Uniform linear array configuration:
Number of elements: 16
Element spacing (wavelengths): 0.25
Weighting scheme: binomial
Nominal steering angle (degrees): -45
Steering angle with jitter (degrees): -43.447
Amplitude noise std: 0.05
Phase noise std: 0.05

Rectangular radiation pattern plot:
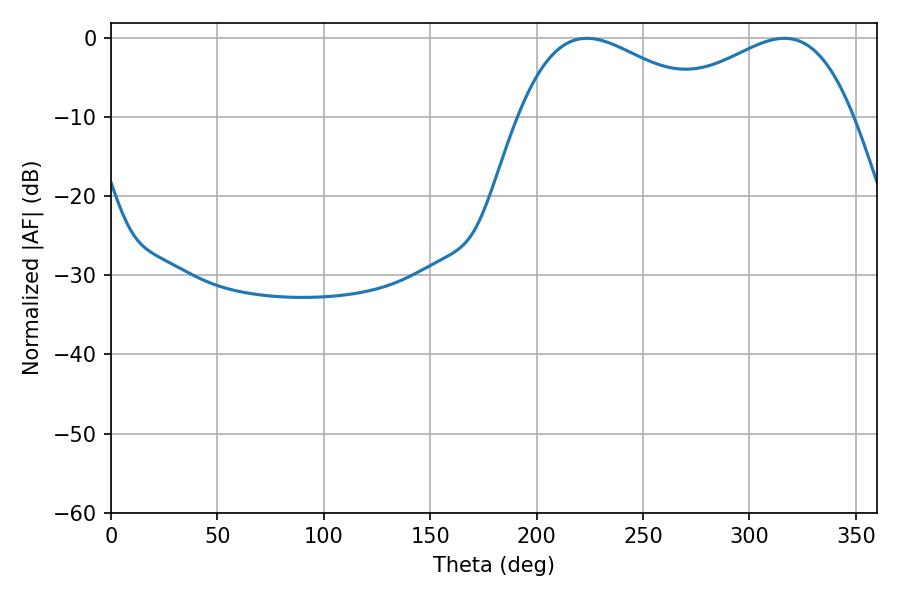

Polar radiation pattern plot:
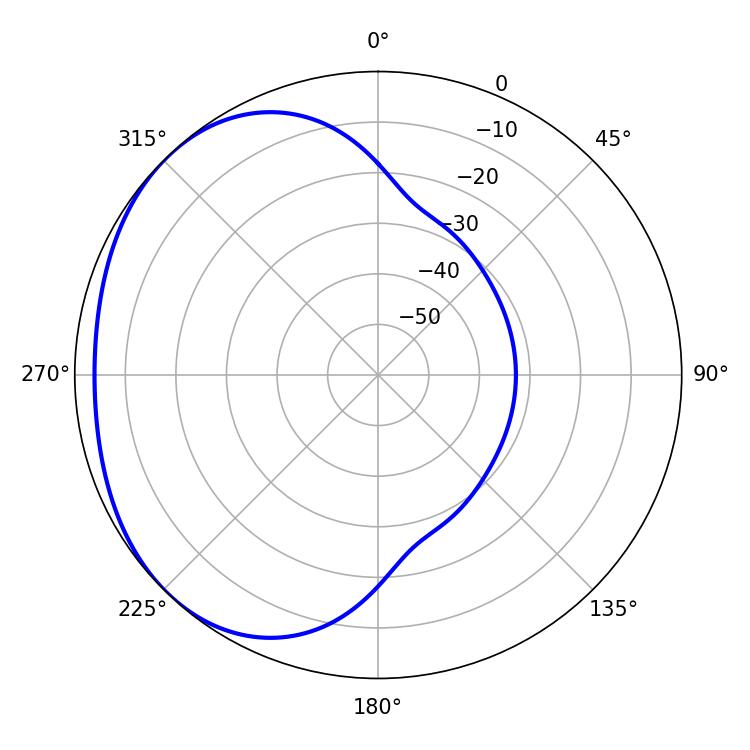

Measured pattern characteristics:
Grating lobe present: FALSE
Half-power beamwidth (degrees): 49.5
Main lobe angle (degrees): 223.56